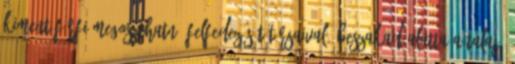
kiment férfi megoszthatná felfedezését társaival, beszakad alatta a talaj,